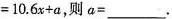
$$=10.6x+a$$，则a=____.